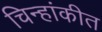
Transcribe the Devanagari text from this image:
चिन्हांकीत